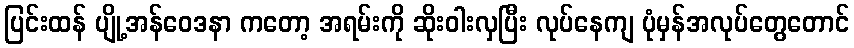
ပြင်းထန် ပျို့အန်ဝေဒနာ ကတော့ အရမ်းကို ဆိုးဝါးလှပြီး လုပ်နေကျ ပုံမှန်အလုပ်တွေတောင်